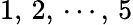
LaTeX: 1,\, 2,\, \cdots{},\, 5